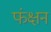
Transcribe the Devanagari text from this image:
फंक्षन